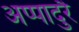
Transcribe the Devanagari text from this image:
अप्पादुरै